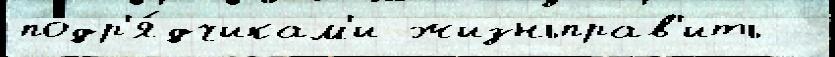
подр'я́дчикам'и жизньправ'ить